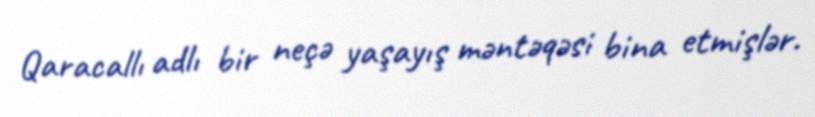
Qaracallı adlı bir neçə yaşayış məntəqəsi bina etmişlər.